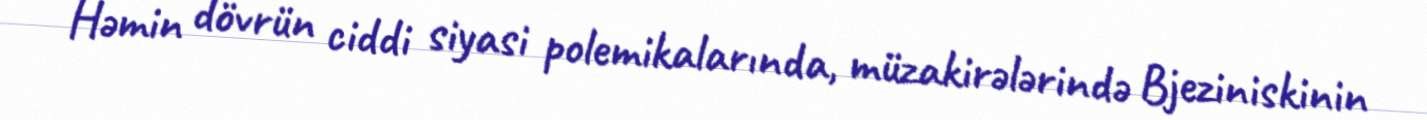
Həmin dövrün ciddi siyasi polemikalarında, müzakirələrində Bjeziniskinin